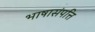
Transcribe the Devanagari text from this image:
भाषासंपत्ति